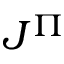
J ^ { \Pi }